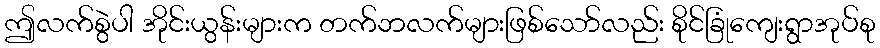
ဤလက်စွဲပါ အိုင်းယွန်းများက တက်ဘလက်များဖြစ်သော်လည်း စိုင်ခြုံကျေးရွာအုပ်စု